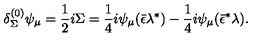
{ \delta _ { \Sigma } ^ { ( 0 ) } \psi _ { \mu } = { \frac { 1 } { 2 } } i \Sigma = { \frac { 1 } { 4 } } i \psi _ { \mu } ( \bar { \epsilon } \lambda ^ { * } ) - { \frac { 1 } { 4 } } i \psi _ { \mu } ( \bar { \epsilon } ^ { * } \lambda ) . }